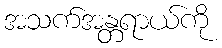
အသက်အန္တရာယ်ကို